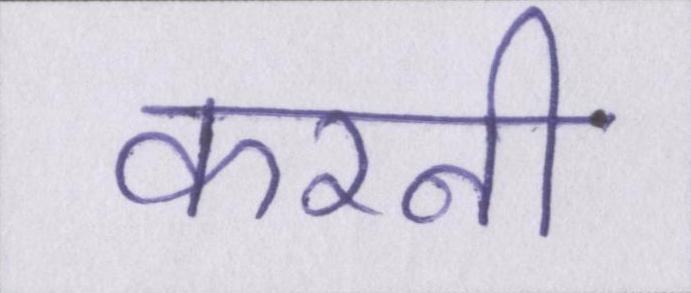
करनी